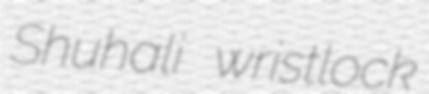
Shuhali wristlock